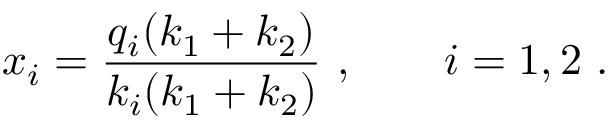
x _ { i } = \frac { q _ { i } ( k _ { 1 } + k _ { 2 } ) } { k _ { i } ( k _ { 1 } + k _ { 2 } ) } ~ , \qquad i = 1 , 2 ~ .